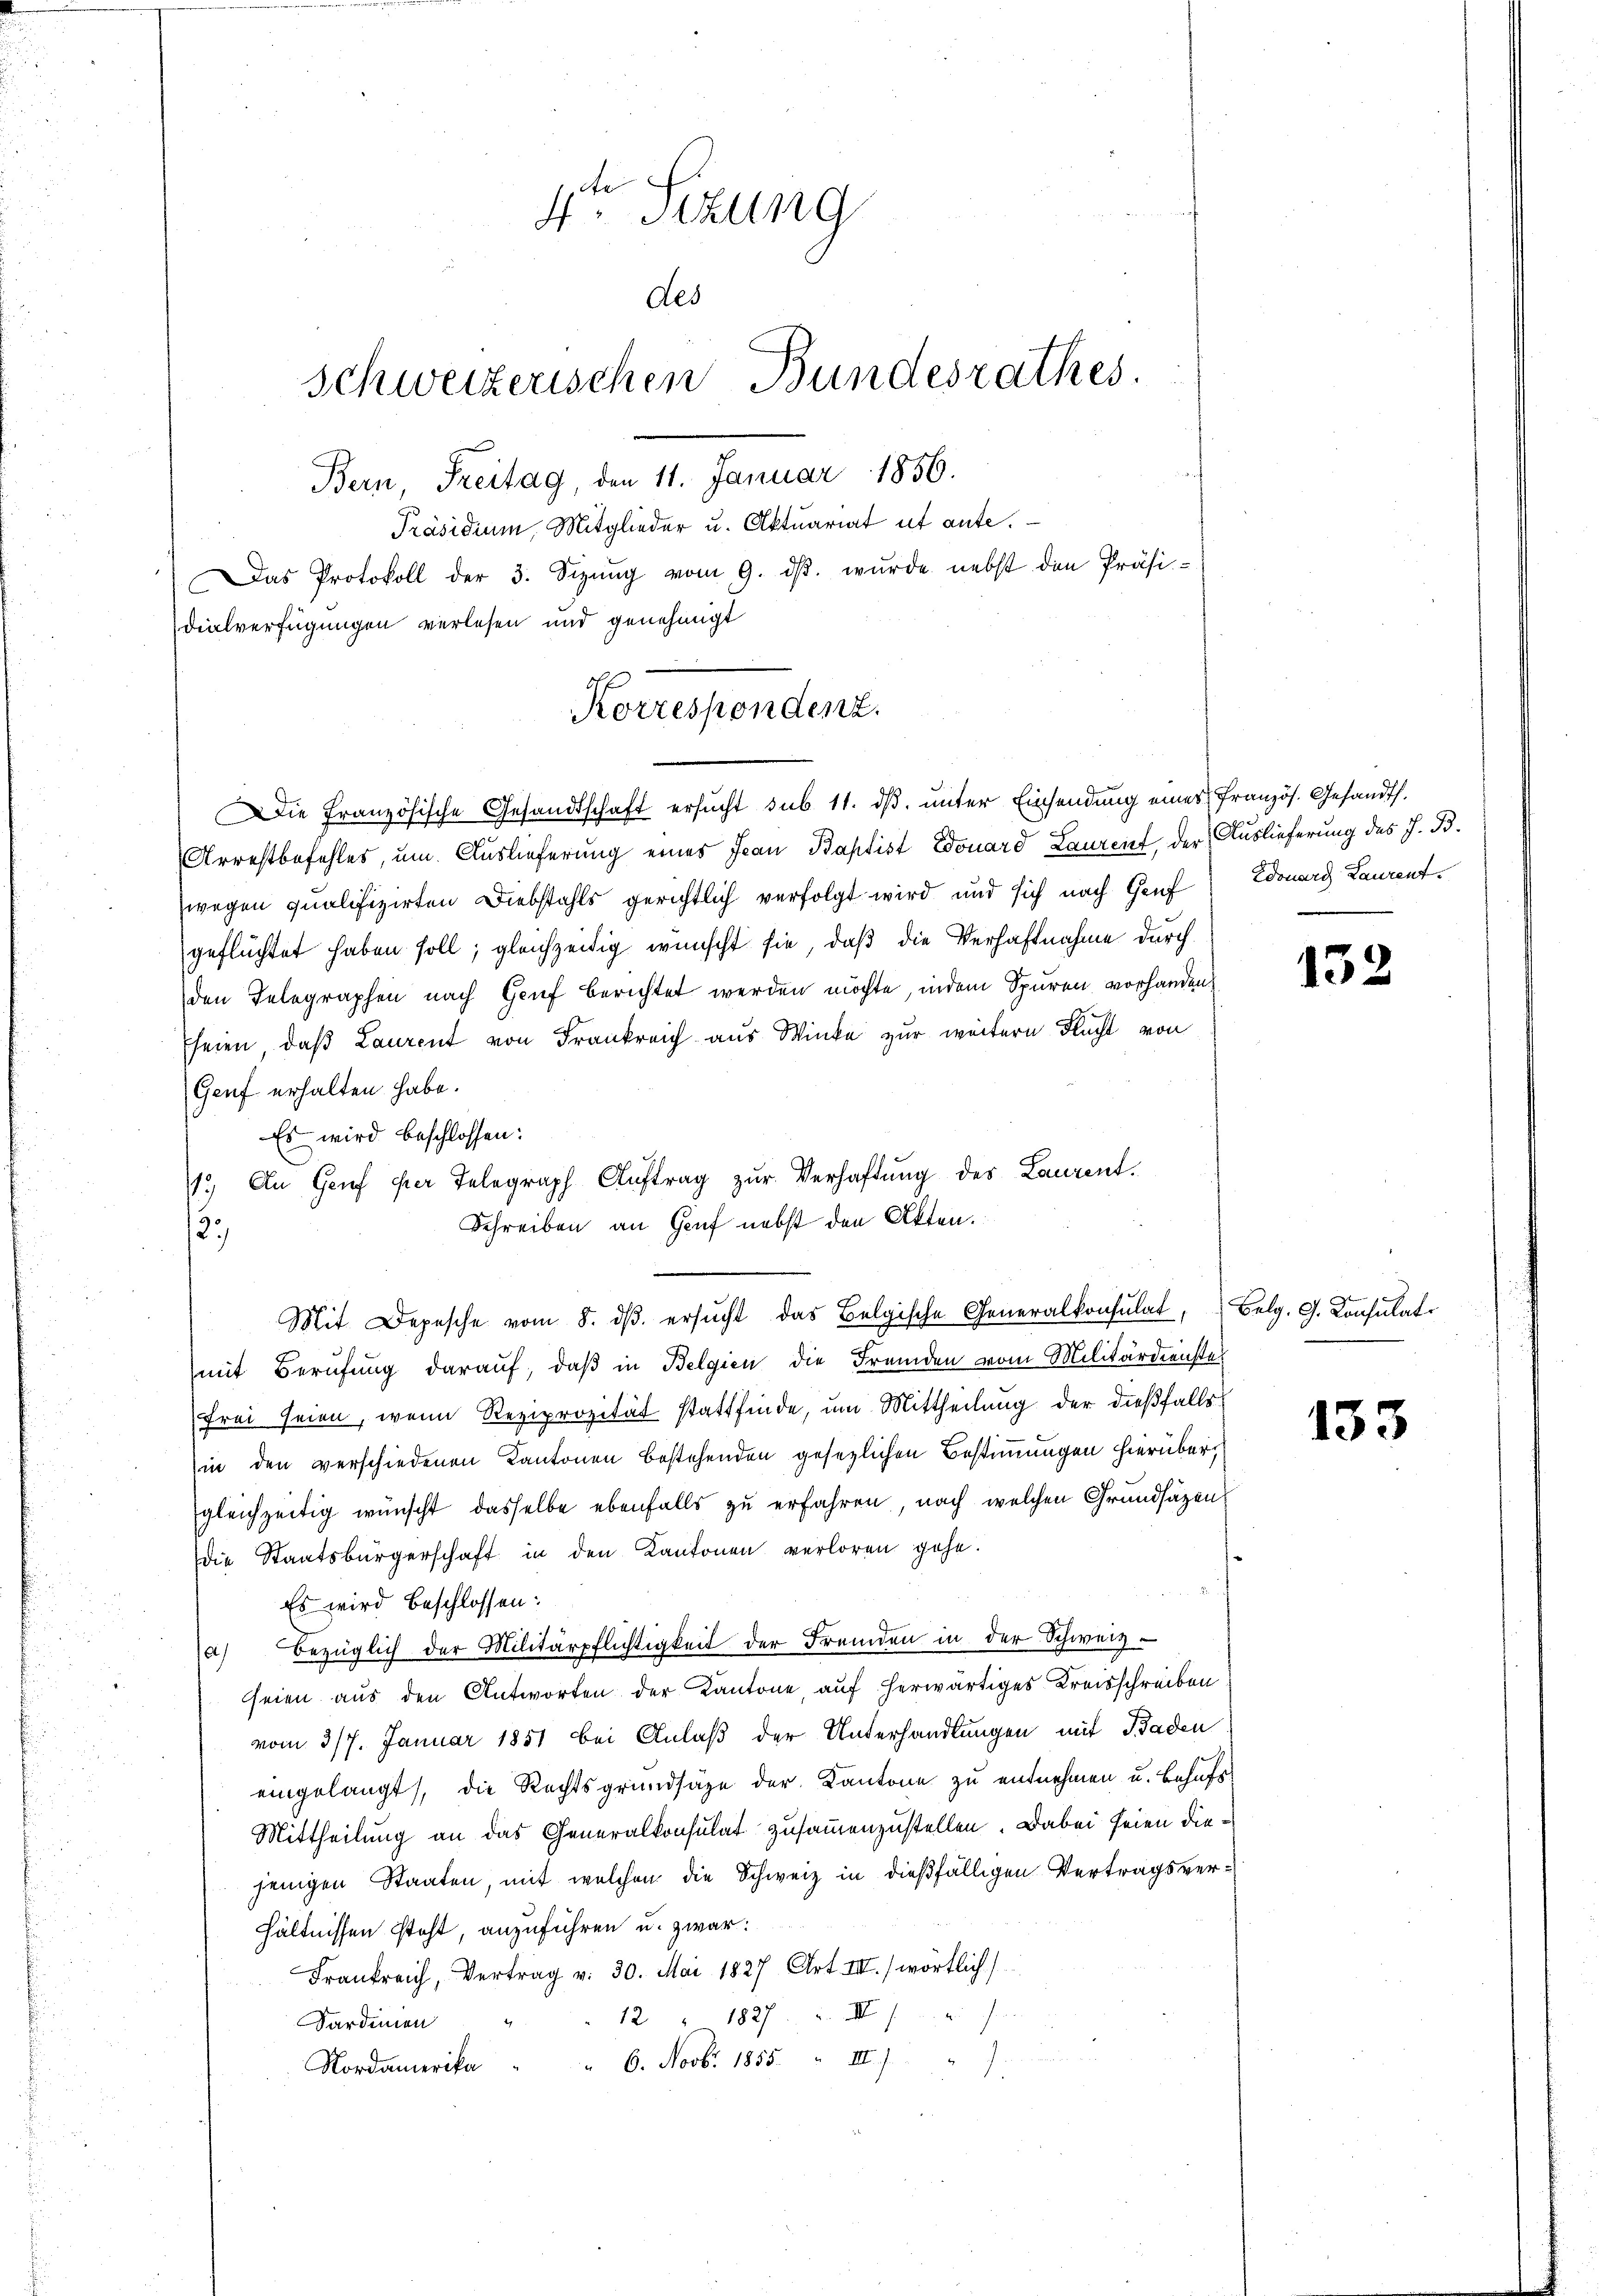
4ten Sizung
des
Schweizerischen Bundesrathes.
Bern, Freitag, den 11. Januar 1856.
Präsidium, Mitglieder u. Aktuariat ut aufe.
Das Protokoll der 3. Sizŭng vom 9. dβ. wŭrde nebst den Präsi-
dialverfügungen verlesen und genehmigt

Korrespendenz.

Die Französische Gesandtschaft ersucht sub. 11. dβ. unter Einsendung eines französ. Gesandth.
Arrestbefehles, um Auslieferung eines Ivan Baptist Edouard Laurent der Auslieferung des J. B.
wegen qualifizirten Diebstahls gerichtlich verfolgt wird und sich nach Genf Edouard Laurentgeflüchtet haben soll; gleichzeitig wünscht sie, daß die Verhaftnahme durch
den Telegraphen nach Genf berichtet werden möchte, indem Spuren vorhanden,
heien, daß Laurent von Frankreich aus Winke zur weitern Flucht von
Genf erhalten habe.
Es wird beschlossen:
1.) An Genf per Telegraph Aŭftrag zŭr Verhaftung des Laurent¬
Schreiben an Genf nebst den Akten.
12.
Mit Depesche vom 8. dβ. ersŭcht das Belgische Generalkonsulat, Belg. G. Konsulati
mit Berufung darauf, daß in Belgien die Fremden vom Militärdienste
frei seien, wenn Reziprozität stattfinde, um Mittheilung der dießfalls
in den verschiedenen Kantonen bestehenden gesezlichen Bestimmungen hierüber,
gleichzeitig wünscht dasselbe ebenfalls zu erfahren, nach welchen Grundsätzen
Die Staatsbürgerschaft in den Kantonen verloren gehe.
Es wird beschlossen:
a) bezüglich der Militärpflichtigkeit der Fremden in der Schweiz.
seien aus den Antworten der Kantone, auf herwärtiges Kreisschreiben
vom 317. Januar 1851 bei Anlaß der Unterhandlungen mit Baden
eingelangt, die Rechtsgrundsäze der Kantone zu entnehmen u. behufs
Mittheilung an das Generalkonsulat zusammenzustellen. Dabei seien diejenigen Staaten, mit welchen die Schweiz in dießfälligen Vertragsverhältnissen steht, anzuführen u. zwar:
Frankreich, Vertrag v. 30. Mai 1827 Art. III. wörtlich
12 " 1827. III
Sardinien
Nordamerika " " 6. Novbr. 1855. III.)
1.

132

133